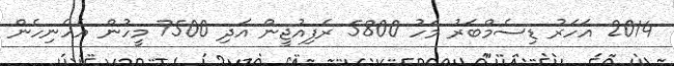
2014 އަަހަރު ޑިސެމްބަރު މަހު 5800 ރެފިއުޖީން އަދި 7500 މީހުން އެހެނިހެން